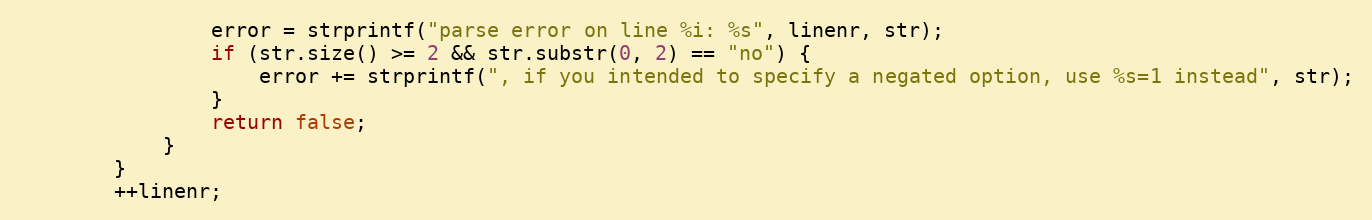
Language: C++
                error = strprintf("parse error on line %i: %s", linenr, str);
                if (str.size() >= 2 && str.substr(0, 2) == "no") {
                    error += strprintf(", if you intended to specify a negated option, use %s=1 instead", str);
                }
                return false;
            }
        }
        ++linenr;